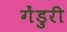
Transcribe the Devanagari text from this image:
गेंडुरी